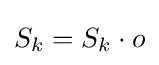
S_{k}=S_{k}\cdot o